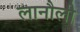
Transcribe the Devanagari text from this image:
लानौली